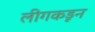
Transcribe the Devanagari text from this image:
लीगकडून